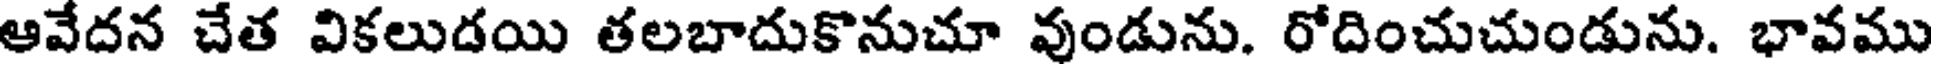
ఆవేదన చేత వికలుడయి తలబాదుకొనుచూ వుండును. రోదించుచుండును. భావము